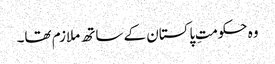
وہ حکومتِ پاکستان کے ساتھ ملازم تھا۔